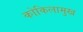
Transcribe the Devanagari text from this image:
कोकिलामुख